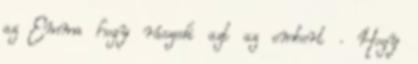
az Emma hogy rászedi azt az embert . Hogy